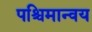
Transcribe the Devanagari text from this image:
पश्चिमान्वय